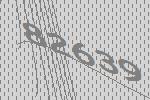
82639